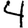
Digit: 4